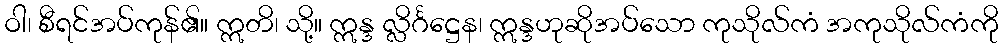
ဝါ၊ စီရင်အပ်ကုန်၏။ ဣတိ၊ သို့။ ဣန္ဒ လ္လိင်္ဂဋ္ဌေန၊ ဣန္ဒဟုဆိုအပ်သော ကုသိုလ်ကံ အကုသိုလ်ကံကို